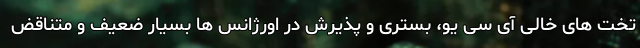
تخت های خالی آی سی یو، بستری و پذیرش در اورژانس ها بسیار ضعیف و متناقض